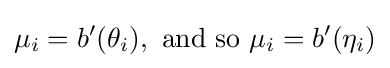
\mu _{i}=b'(\theta _{i}),{\text{ and so }}\mu _{i}=b'(\eta _{i})